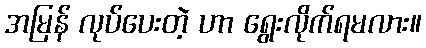
အမြန် လုပ်ပေးတဲ့ ဟာ ရွေးလိုက်ရမလား။